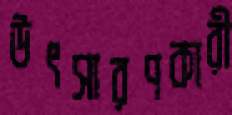
উৎসারণকারী